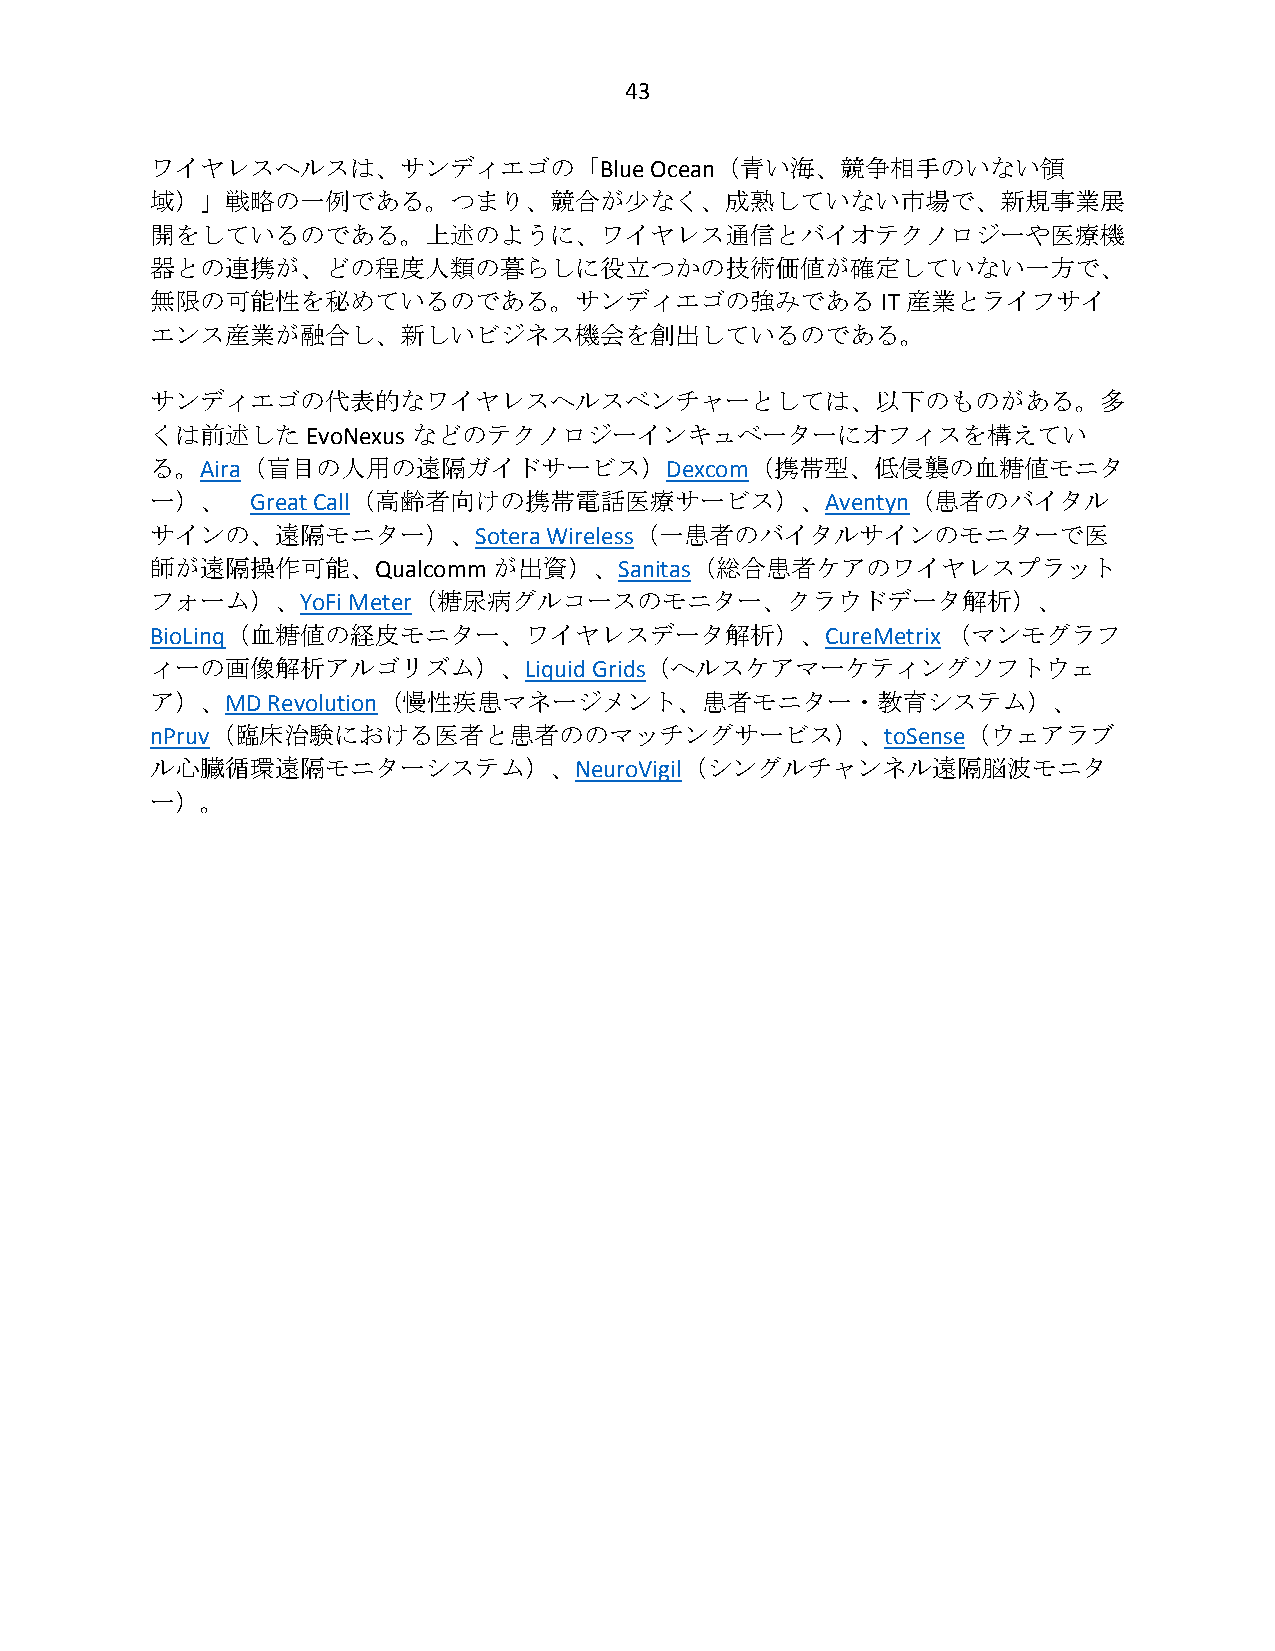
43
 ワイヤレスヘルスは、サンディエゴの「Blue           Ocean（青い海、競争相手のいない領
 域）」戦略の一例である。つまり、競合が少なく、成熟していない市場で、新規事業展
 開をしているのである。上述のように、ワイヤレス通信とバイオテクノロジーや医療機
 器との連携が、どの程度人類の暮らしに役立つかの技術価値が確定していない一方で、
 無限の可能性を秘めているのである。サンディエゴの強みである                   IT 産業とライフサイ
 エンス産業が融合し、新しいビジネス機会を創出しているのである。
 サンディエゴの代表的なワイヤレスヘルスベンチャーとしては、以下のものがある。多
 くは前述したEvoNexus   などのテクノロジーインキュベーターにオフィスを構えてい
 る。Aira（盲目の人用の遠隔ガイドサービス）Dexcom（携帯型、低侵襲の血糖値モニタ
 ー）、    Great Call（高齢者向けの携帯電話医療サービス）、Aventyn（患者のバイタル
 サインの、遠隔モニター）、Sotera       Wireless（一患者のバイタルサインのモニターで医
 師が遠隔操作可能、Qualcomm      が出資）、Sanitas（総合患者ケアのワイヤレスプラット
 フォーム）、YoFi   Meter（糖尿病グルコースのモニター、クラウドデータ解析）、
 BioLinq（血糖値の経皮モニター、ワイヤレスデータ解析）、CureMetrix            （マンモグラフ
 ィーの画像解析アルゴリズム）、Liquid        Grids（ヘルスケアマーケティングソフトウェ
 ア）、MD   Revolution（慢性疾患マネージメント、患者モニター・教育システム）、
 nPruv（臨床治験における医者と患者ののマッチングサービス）、toSense（ウェアラブ
 ル心臓循環遠隔モニターシステム）、NeuroVigil（シングルチャンネル遠隔脳波モニタ
 ー）。